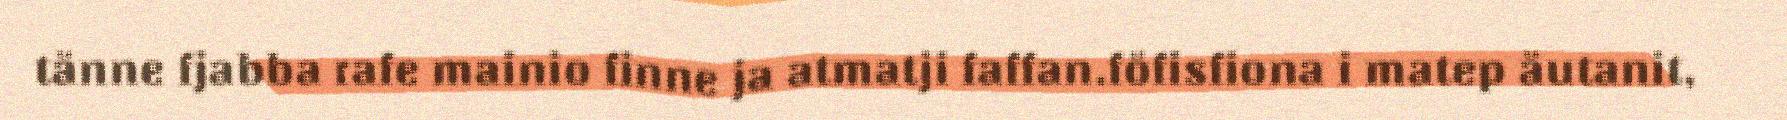
tänne fjabba rafe mainio finne ja atmatji faffan.föfisfiona i matep äutanit,